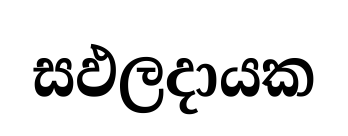
සඵලදායක